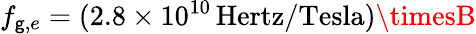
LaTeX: f_{\mathsf{g},e}=(2.8\times10^{10}\, \mathrm{{Hertz}}/\mathrm{{Tesla}})\timesB